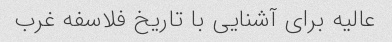
عالیه برای آشنایی با تاریخ فلاسفه غرب